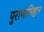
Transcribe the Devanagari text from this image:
पुराणाधिष्ठान